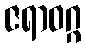
ဇရာဝဂ္ဂ